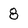
Character: 8